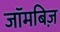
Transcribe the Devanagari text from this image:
जॉमबिज़